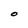
Character: O